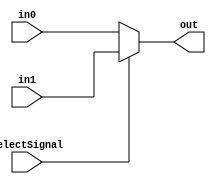
`timescale 1ns/10ps

module mux_2X1(
	output reg [31:0] out,
	input [31:0] in0, in1, 
	input selectSignal);

  //multiplexer is used to switch one of the several input lines to a single common output line
	always@(*) //continuous loop
	begin
		if (selectSignal == 1)
			out[31:0] <= in1[31:0];
		else
			out[31:0] <= in0[31:0];
		end
endmodule